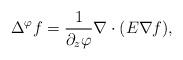
LaTeX: \begin{align*}\Delta^\varphi f=\frac{1}{\partial_z\varphi}\nabla\cdot(E\nabla f),\end{align*}